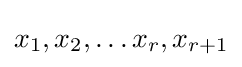
x_{1},x_{2},\dots x_{r},x_{r+1}